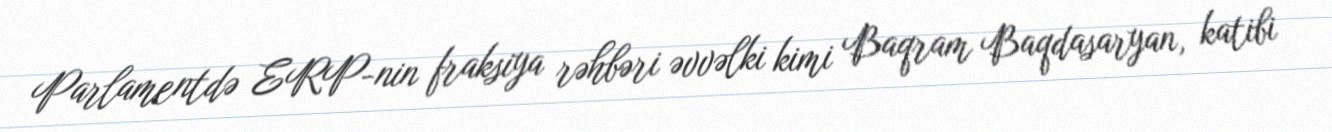
Parlamentdə ERP-nin fraksiya rəhbəri əvvəlki kimi Baqram Baqdasaryan, katibi